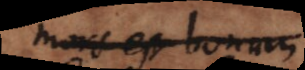
mors est bonum